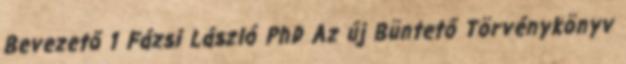
Bevezető 1 Fázsi László PhD Az új Büntető Törvénykönyv